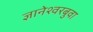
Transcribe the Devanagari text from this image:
ज्ञानेश्वरबुवा